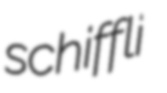
schiffli